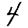
Digit: 4